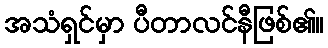
အသံရှင်မှာ ပီတာလင်နီဖြစ်၏။